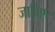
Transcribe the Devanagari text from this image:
जाविएर